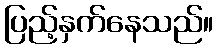
ပြည့်နှက်နေသည်။